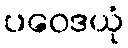
ပဝေဒယုံ